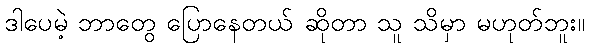
ဒါပေမဲ့ ဘာတွေ ပြောနေတယ် ဆိုတာ သူ သိမှာ မဟုတ်ဘူး။